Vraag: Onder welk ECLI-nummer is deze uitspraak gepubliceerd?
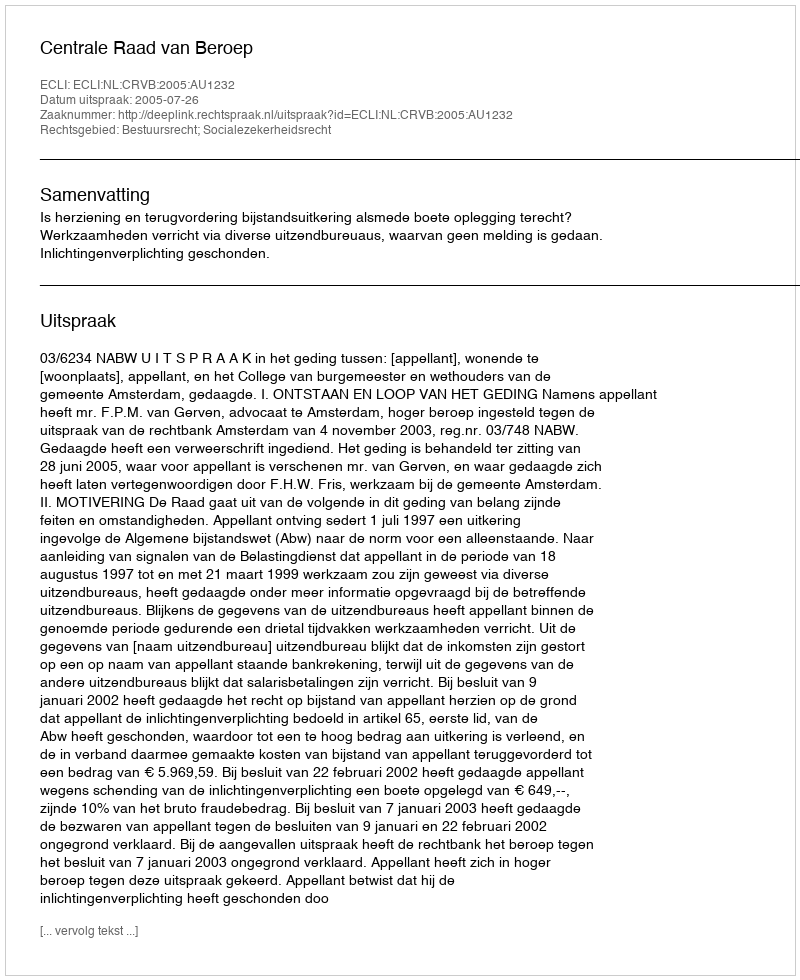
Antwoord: ECLI:NL:CRVB:2005:AU1232